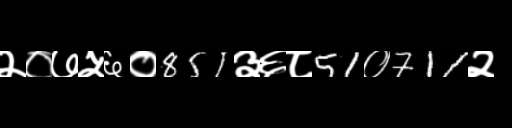
Text: २०७५६०851३६८51०711२